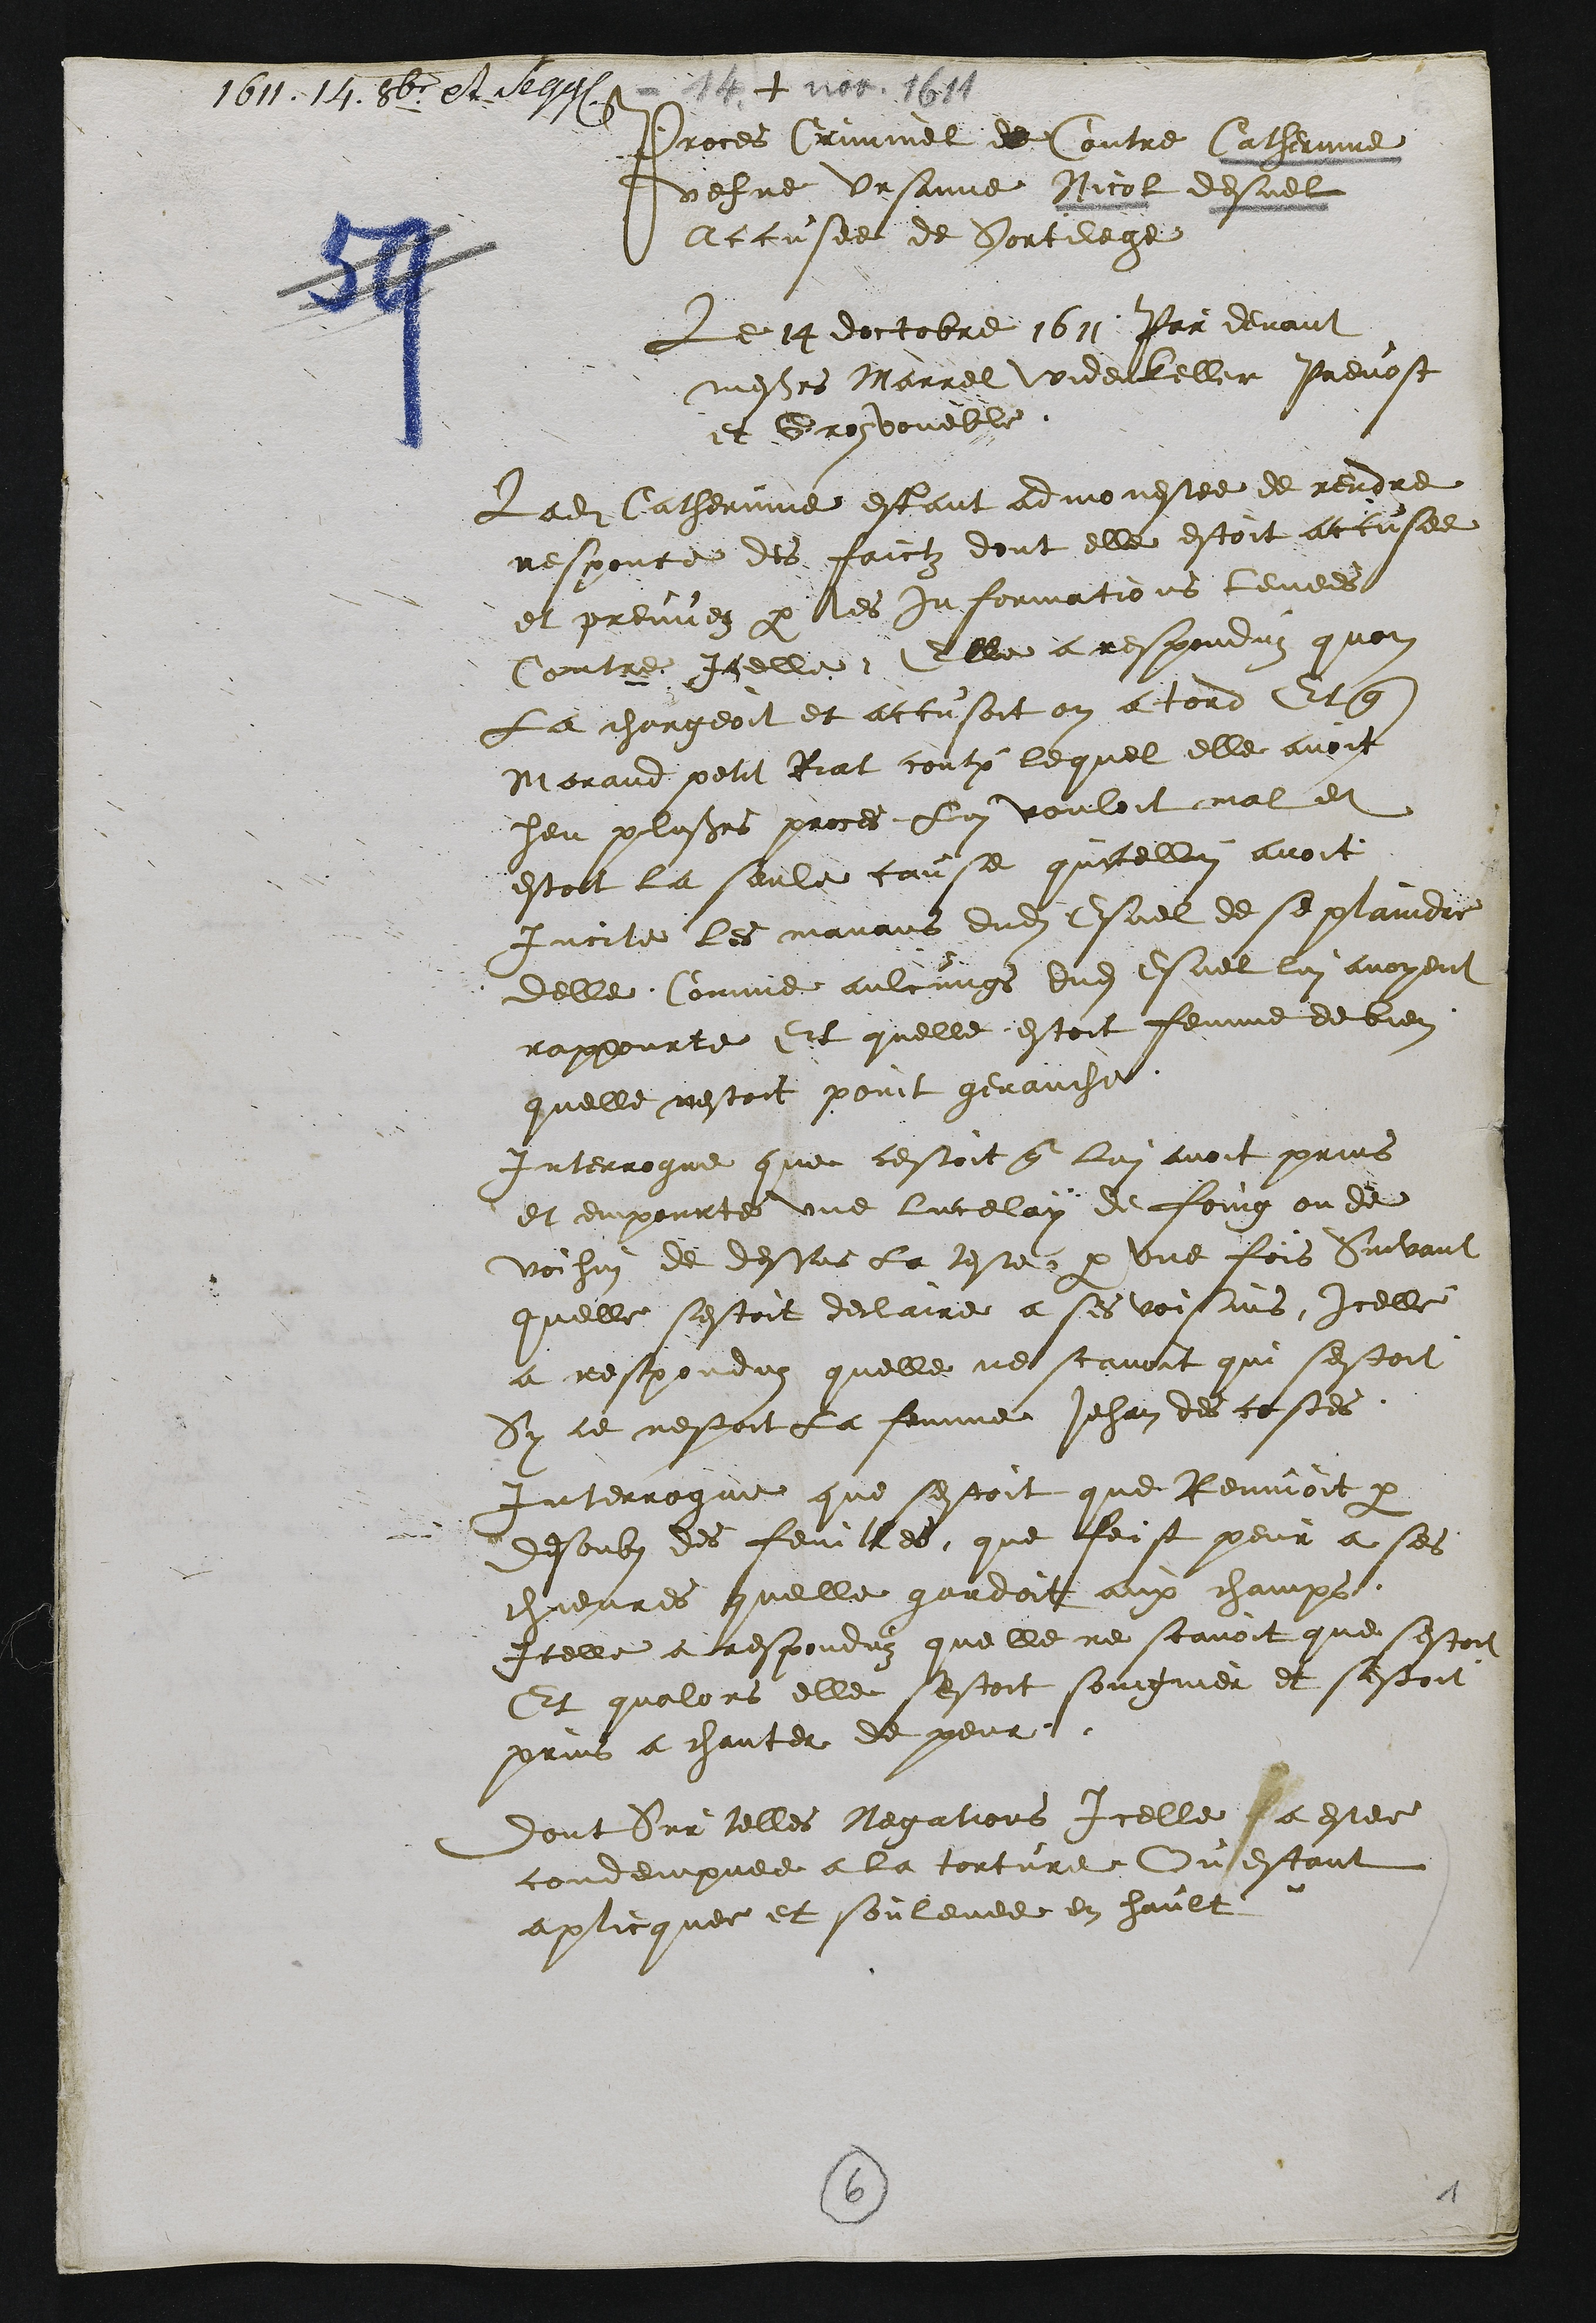
+
Proces Criminel de Contre Catherinne
vefve Ursanne Nicol desuel
Accusee de Sortilege
Le 14 doctobre 1611 Par devant
messieurs Marrel Widerkeller Prevost
et Gros vouëble.
Ladite Catherinne estant admonestee de rendre
responce des faictz dont elle estoit accusee
et preuvez par les informations levees
Contre Icelle Elle a respondu quon
La chargeoit et accusoit on a tord Et que
Morand petit Riat contre lequel elle avoit
heu plusieurs proces Lui vouloit mal et
estoit la seule cause quicellui avoit
Incite les manans dudit Esel de se plaindre
delle Comme aulcungs dudit Esuel lui avoyent
rappourte Et quelle estoit femme de bien
quelle nestoit point genauche.
Interrogue que cestoit que lui avoit prins
et empourte une lucelay de foing ou de
voihin de dessus la teste par une fois Suivant
quelle sestoit declaire a ses voisins Icelle
a responduz quelle ne scavoit qui sestoit
Sy ce nestoit La femme Jehan des costes.
Interrogue que sestoit que Remuoit par
desoubs des feuilles que feist peur a ses
chievres quelle gardoit aux champs.
Icelle a responduz que le ne scavoit que sestoit
Et qualors elle sestoit soingnier et sestoit
prins a chanter de peur.
dont Sur telles Negations Icelle a estee
condempnee a la torture Ou estant
aplicquee et soulevee en hault